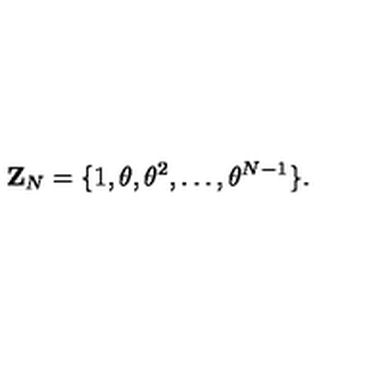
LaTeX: { \mathbf Z } _ { N } = \{ 1 , \theta , { \theta } ^ { 2 } , \dots , { \theta } ^ { N - 1 } \} .